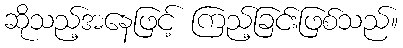
ဆိုသည့်အနေဖြင့် ကြည့်ခြင်းဖြစ်သည်။